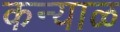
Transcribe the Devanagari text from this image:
कन्याळ